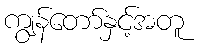
ကျွန်တော်နှင့်အတူ